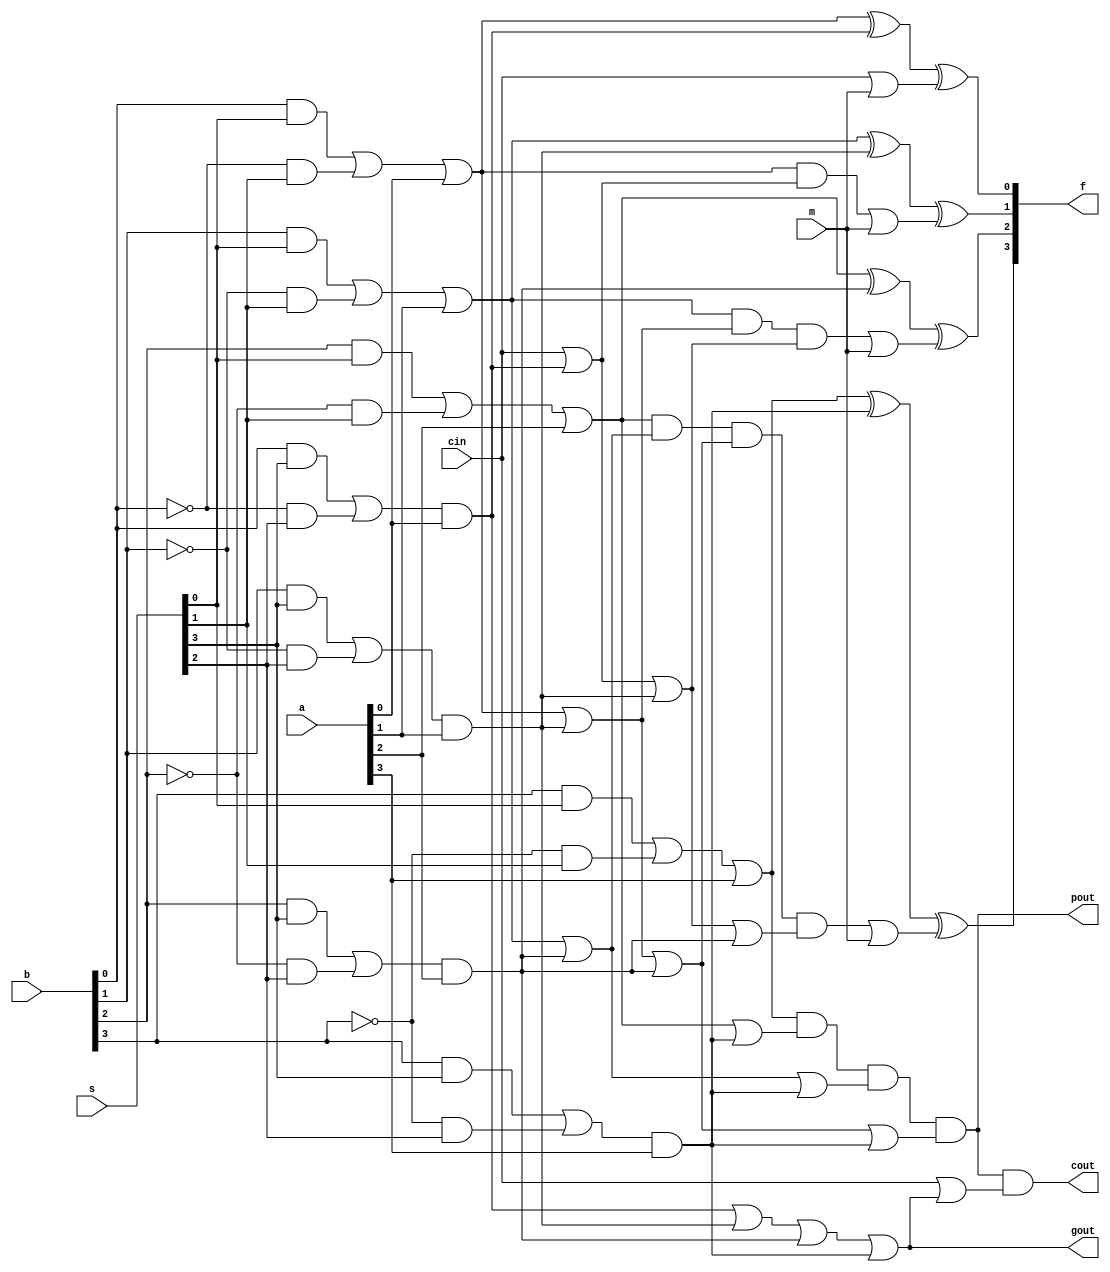
module alu74181(
	input wire [3:0] a,
	input wire [3:0] b,
	input wire cin,
	input wire [3:0] s,
	input wire m,

	output wire [3:0] f,
	output wire cout,
	output wire pout,
	output wire gout
);
	wire [3:0] p;
	wire [3:0] g;
	wire [3:0] h;
	wire [3:0] c;

	/* propagate */
	assign p[0] = b[0]&s[0] | ~b[0]&s[1] | a[0];
	assign p[1] = b[1]&s[0] | ~b[1]&s[1] | a[1];
	assign p[2] = b[2]&s[0] | ~b[2]&s[1] | a[2];
	assign p[3] = b[3]&s[0] | ~b[3]&s[1] | a[3];

	/* generate */
	assign g[0] = (b[0]&s[3] | ~b[0]&s[2]) & a[0];
	assign g[1] = (b[1]&s[3] | ~b[1]&s[2]) & a[1];
	assign g[2] = (b[2]&s[3] | ~b[2]&s[2]) & a[2];
	assign g[3] = (b[3]&s[3] | ~b[3]&s[2]) & a[3];

	/* half sum */
	assign h[0] = p[0] ^ g[0];
	assign h[1] = p[1] ^ g[1];
	assign h[2] = p[2] ^ g[2];
	assign h[3] = p[3] ^ g[3];

	/* carry */
	assign c[0] = p[0] &
		(cin | g[0]);
	assign c[1] = p[1] &
		(p[0] | g[1]) &
		(cin | g[0] | g[1]);
	assign c[2] = p[2] &
		(p[1] | g[2]) &
		(p[0] | g[1] | g[2]) &
		(cin | g[0] | g[1] | g[2]);

	assign gout = g[0] | g[1] | g[2] | g[3];
	assign pout = p[3] &
		(p[2] | g[3]) &
		(p[1] | g[2] | g[3]) &
		(p[0] | g[1] | g[2] | g[3]);
	assign c[3] = pout &
		(cin | gout);
	assign cout = c[3];

	/* full sum */
	assign f[0] = h[0] ^ (cin | m);
	assign f[1] = h[1] ^ (c[0] | m);
	assign f[2] = h[2] ^ (c[1] | m);
	assign f[3] = h[3] ^ (c[2] | m);

endmodule

module cla74182(
	input wire [3:0] g,
	input wire [3:0] p,
	input wire cin,

	output wire pout,
	output wire gout,
	output wire coutx,
	output wire couty,
	output wire coutz
);
	assign coutx = p[0] &
		(cin | g[0]);
	assign couty = p[1] &
		(p[0] | g[1]) &
		(cin | g[0] | g[1]);
	assign coutz = p[2] &
		(p[1] | g[2]) &
		(p[0] | g[1] | g[2]) &
		(cin | g[0] | g[1] | g[2]);

	assign gout = g[0] | g[1] | g[2] | g[3];
	assign pout = p[3] &
		(p[2] | g[3]) &
		(p[1] | g[2] | g[3]) &
		(p[0] | g[1] | g[2] | g[3]);
endmodule